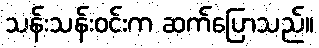
သန်းသန်းဝင်းက ဆက်ပြောသည်။